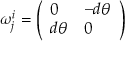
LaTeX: \omega _ { j } ^ { i } = { \left( \begin{array} { l l } { 0 } & { - d \theta } \\ { d \theta } & { 0 } \end{array} \right) }